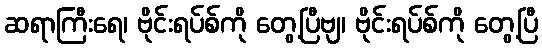
ဆရာကြီးရေ၊ ဗိုင်းရပ်စ်ကို တွေ့ပြီဗျ၊ ဗိုင်းရပ်စ်ကို တွေ့ပြီ